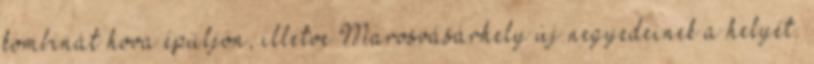
kombinát hova épüljön, illetve Marosvásárhely új negyedeinek a helyét.